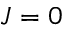
J = 0